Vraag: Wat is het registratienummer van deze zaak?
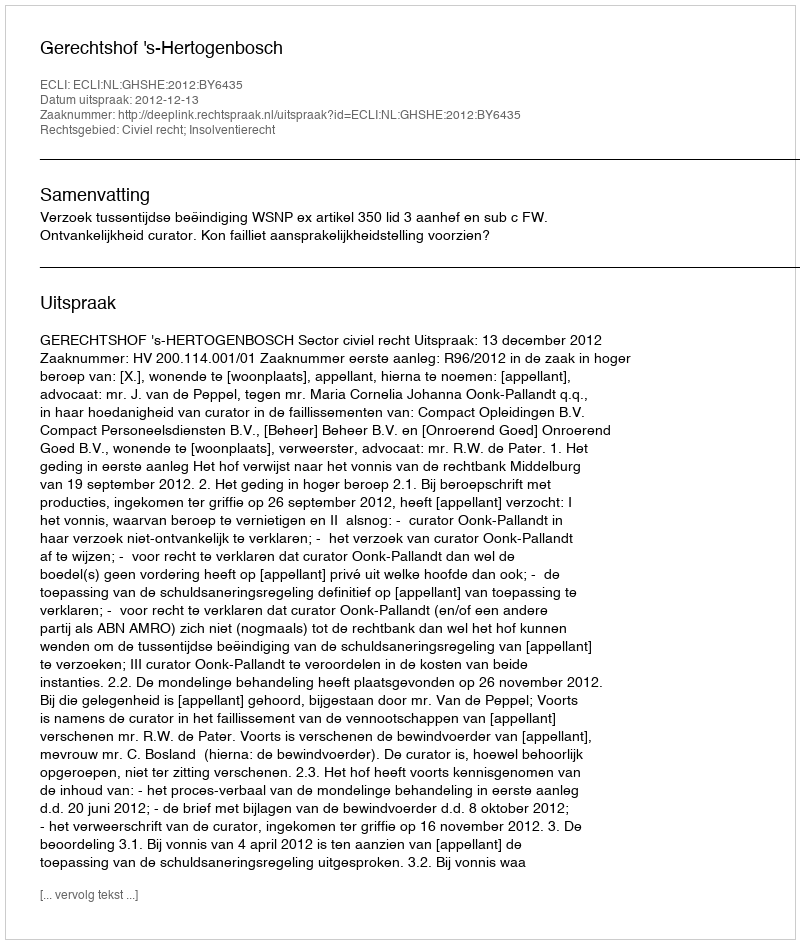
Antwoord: http://deeplink.rechtspraak.nl/uitspraak?id=ECLI:NL:GHSHE:2012:BY6435